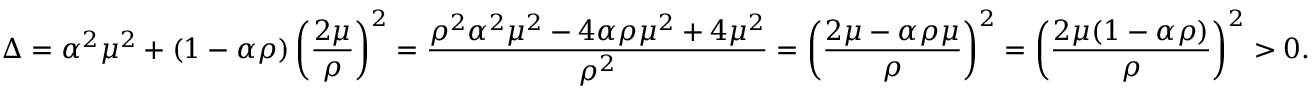
\Delta = \alpha ^ { 2 } \mu ^ { 2 } + ( 1 - \alpha \rho ) \left( \frac { 2 \mu } { \rho } \right) ^ { 2 } = \frac { \rho ^ { 2 } \alpha ^ { 2 } \mu ^ { 2 } - 4 \alpha \rho \mu ^ { 2 } + 4 \mu ^ { 2 } } { \rho ^ { 2 } } = \left( \frac { 2 \mu - \alpha \rho \mu } { \rho } \right) ^ { 2 } = \left( \frac { 2 \mu ( 1 - \alpha \rho ) } { \rho } \right) ^ { 2 } > 0 .